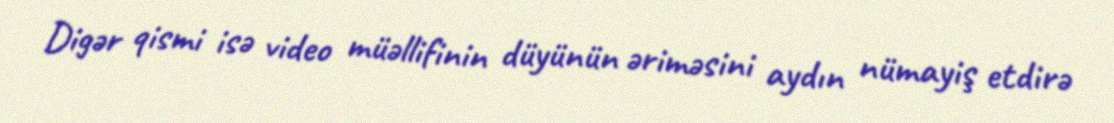
Digər qismi isə video müəllifinin düyünün əriməsini aydın nümayiş etdirə